Report of an investigation in regard to the prevalence of stegomyia and other mosquitoes in Karachi, and the measures necessary for their control
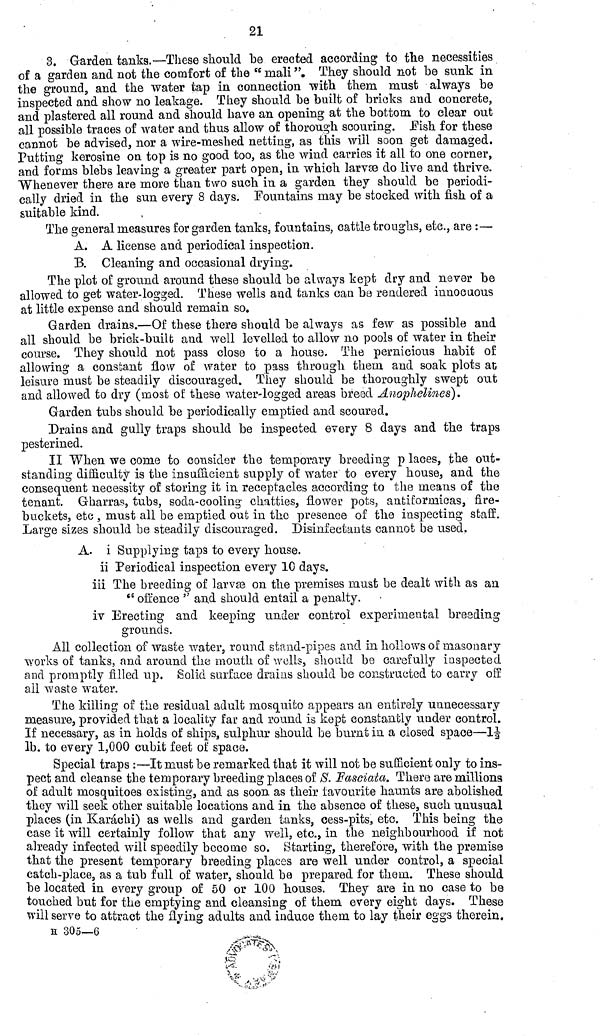
21
3. Garden tanks.—These should be erected according to the necessities
of a garden and not the comfort of the "mali". They should not be sunk in
the ground, and the water tap in connection with them must always be
inspected and show no leakage. They should be built of bricks and concrete,
and plastered all round and should have an opening at the bottom to clear out
all possible traces of water and thus allow of thorough scouring. Fish for these
cannot be advised, nor a wire-meshed netting, as this will soon get damaged.
Putting kerosine on top is no good too, as the wind carries it all to one corner,
and forms blebs leaving a greater part open, in which larvæ do live and thrive.
"Whenever there are more than two such in a garden they should be periodi-
cally dried in the sun every 8 days. Fountains may be stocked with fish of a
suitable kind.
The general measures for garden tanks, fountains, cattle troughs, etc., are :—
A. A license and periodical inspection.
B. Cleaning and occasional drying.
The plot of ground around these should be always kept dry and never be
allowed to get water-logged. These wells and tanks can be rendered innocuous
at little expense and should remain so.
Garden drains.—Of these there should be always as few as possible and
all should be brick-built and well levelled to allow no pools of water in their
course. They should not pass close to a house, The pernicious habit of
allowing a constant flow of water to pass through them and soak plots at
leisure must be steadily discouraged. They should be thoroughly swept out
and allowed to dry (most of these water-logged areas breed Anophelines).
Garden tubs should be periodically emptied and scoured.
Drains and gully traps should be inspected every 8 days and the traps
pesterined.
II When we come to consider the temporary breeding places, the out-
standing difficulty is the insufficient supply of water to every house, and the
consequent necessity of storing it in receptacles according to the means of the
tenant. Gharras, tubs, soda-cooling chatties, flower pots, antiformicas, fire-
buckets, etc , must all be emptied out in the presence of the inspecting staff.
Large sizes should be steadily discouraged. Disinfectants cannot be used.
A. i Supplying taps to every house.
ii Periodical inspection every 10 days.
iii The breeding of larvæ on the premises must be dealt with as an
" offence " and should entail a penalty.
iv Erecting and keeping under control experimental breeding
grounds.
All collection of waste water, round stand-pipes and in hollows of masonary
works of tanks, and around the mouth of wells, should be carefully inspected
and promptly filled up. Solid surface drains should be constructed to carry off:
all waste water.
The killing of the residual adult mosquito appears an entirely unnecessary
measure, provided that a locality far and round is kept constantly under control.
If necessary, as in holds of ships, sulphur should be burnt in a closed space—1 1/2
1b. to every 1,000 cubit feet of space.
Special traps :—It must be remarked that it will not be sufficient only to ins-
pect and cleanse the temporary breeding places of S. Fasciata. There are millions
of adult mosquitoes existing, and as soon as their favourite haunts are abolished
they will seek other suitable locations and in the absence of these, such unusual
places (in Karachi) as wells and garden tanks, cess-pits, etc. This being the
case it will certainly follow that any well, etc., in the neighbourhood if not
already infected will speedily become so. Starting, therefore, with the premise
that the present temporary breeding places are well under control, a special
catch-place, as a tub full of water, should be prepared for them. These should
be located in every group of 50 or 100 houses. They are in no case to be
touched but for the emptying and cleansing of them every eight days. These
will serve to attract the flying adults and induce them to lay their eggs therein.
H 305—6